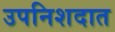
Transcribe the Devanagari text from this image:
उपनिशदात